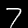
Label: 7